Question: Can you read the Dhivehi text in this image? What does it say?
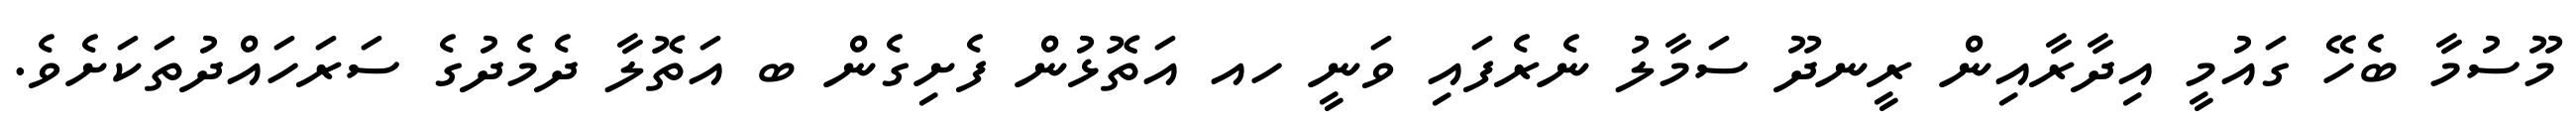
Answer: މޫސުމާ ބެހޭ ގައުމީ އިދާރާއިން ރީނދޫ ސަމާލު ނެރެފައި ވަނީ ހއ އަތޮޅުން ފެށިގެން ބ އަތޮލާ ދެމެދުގެ ސަރަހައްދުތަކަށެވެ.